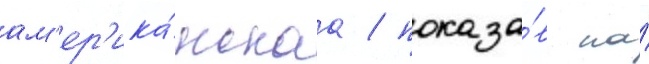
ам'ер'ика́нскаа / показа́в на́